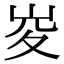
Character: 𡶣